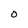
Character: O